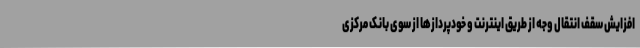
افزایش سقف انتقال وجه از طریق اینترنت و خودپردازها از سوی بانک مرکزی